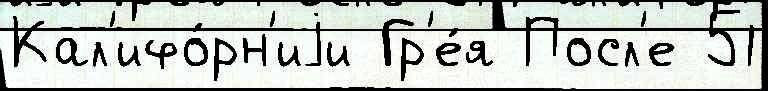
Кал'ифо́рн'иjи Гр'е́я Посл'е 51